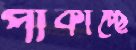
পাকাচ্ছে